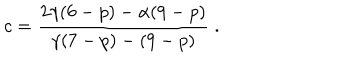
LaTeX: c = \frac { 2 \gamma ( 6 - p ) - \alpha ( 9 - p ) } { \gamma ( 7 - p ) - ( 9 - p ) } \; .